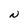
Character: N